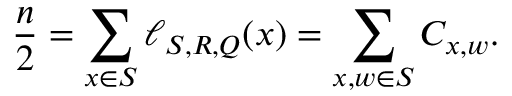
\frac { n } { 2 } = \sum _ { x \in S } \ell _ { S , \boldsymbol { R } , \boldsymbol { Q } } ( x ) = \sum _ { x , w \in S } C _ { x , w } .